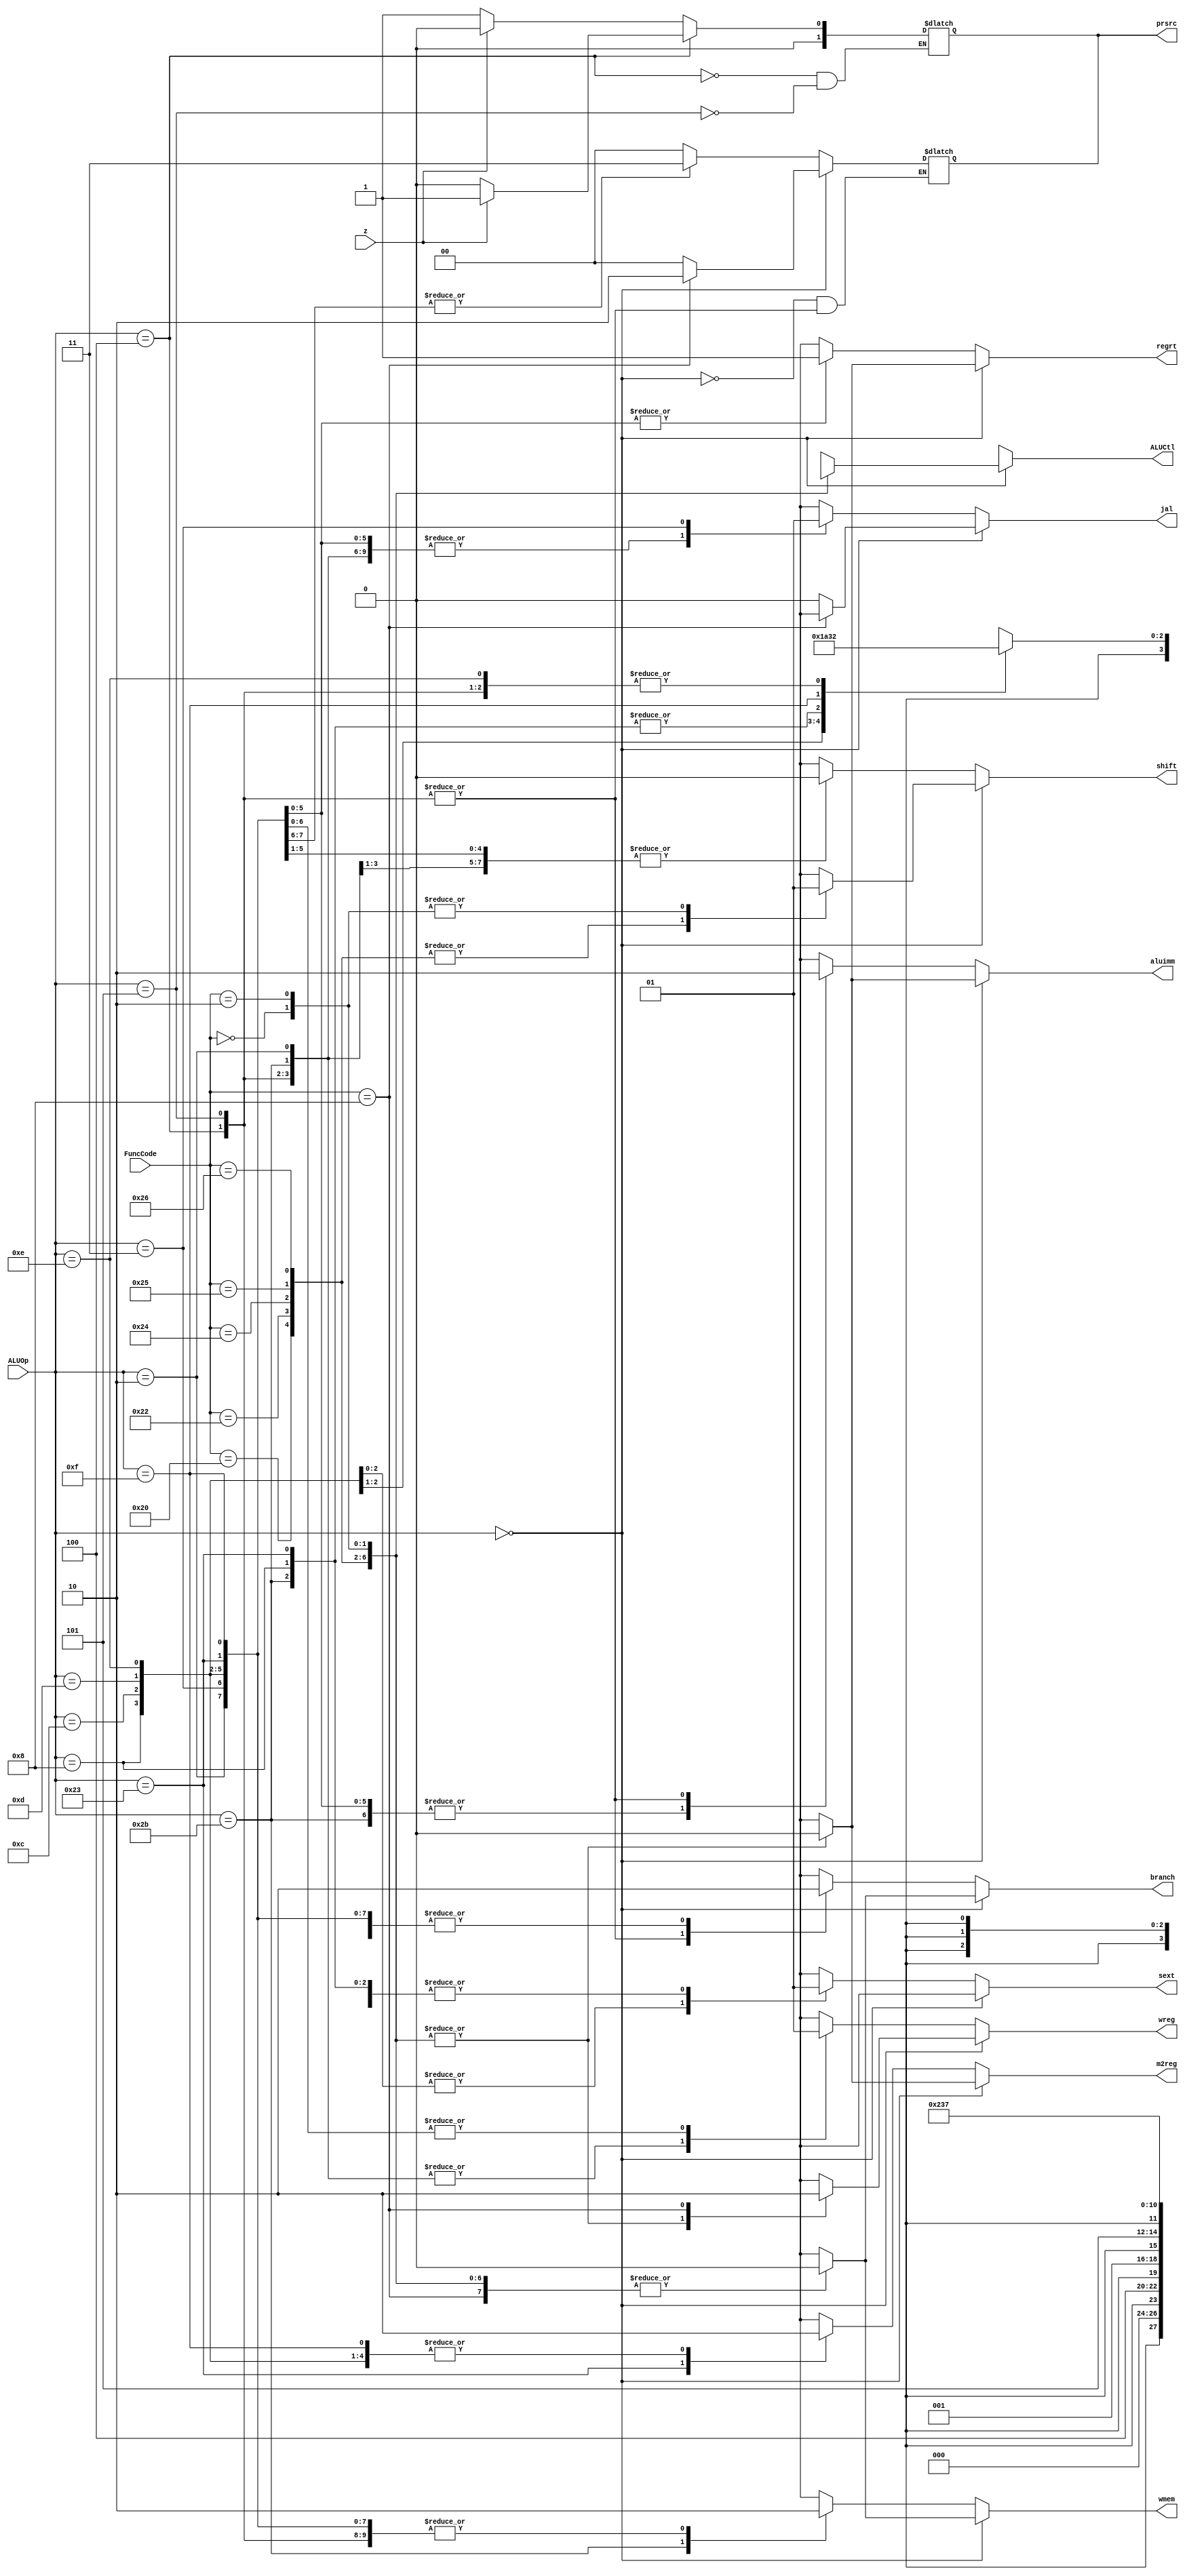
`timescale 1ns / 1ps
//////////////////////////////////////////////////////////////////////////////////
// Company: Penn State Univeristy 
// 
// Design Name: 
// Module Name: ALUControl
// 
//////////////////////////////////////////////////////////////////////////////////


  module ALUControl (
    input      [5:0] ALUOp,
    input      [5:0] FuncCode, 
    input            z,
    output reg [3:0] ALUCtl,
    output reg [1:0] prsrc,
    output reg       shift,
    output reg       wreg,
    output reg       sext,
    output reg       wmem,
    output reg       m2reg,
    output reg       aluimm,
    output reg       regrt,
    output reg       branch,
    output reg       jal
    );
    
    always @(*) begin
        if(ALUOp == 6'b000000) begin
            case (FuncCode)
                32: begin 
                    ALUCtl <= 4'bx000; // add
                    prsrc <= 2'b00;
                    shift <= 1'b0; 
                    wreg <= 1'b1;
                    sext <= 1'bx;
                    wmem <= 1'b0;
                    m2reg <= 1'b0;
                    aluimm <= 1'b0;
                    regrt <= 1'b0;
                    branch <= 1'b0;
                    jal <= 1'b0;
                    end
                34: begin 
                    ALUCtl <= 4'bx100;; // sub
                    prsrc <= 2'b00;
                    shift <= 1'b0;
                    wreg <= 1'b1;
                    sext <= 1'bx;
                    wmem <= 1'b0;
                    m2reg <= 1'b0;
                    aluimm <= 1'b0;
                    regrt <= 1'b0;
                    branch <= 1'b0;
                    jal <= 1'b0;
                    end
                36: begin       // and
                    ALUCtl <= 4'bx001; 
                    prsrc <= 2'b00;
                    shift <= 1'b0;
                    wreg <= 1'b1;
                    sext <= 1'bx;
                    wmem <= 1'b0; 
                    m2reg <= 1'b0;
                    aluimm <= 1'b0;
                    regrt <= 1'b0;
                    branch <= 1'b0;
                    jal <= 1'b0;
                    end
                37: begin       // or
                    ALUCtl <= 4'bx101; 
                    prsrc <= 2'b00;
                    shift <= 1'b0;
                    wreg <= 1'b1;
                    sext <= 1'bx;
                    wmem <= 1'b0; 
                    m2reg <= 1'b0;
                    aluimm <= 1'b0;
                    regrt <= 1'b0;
                    branch <= 1'b0;
                    jal <= 1'b0;
                    end
                38: begin 
                    ALUCtl <= 4'bx010; // xor
                    prsrc <= 2'b00;
                    shift <= 1'b0;
                    wreg <= 1'b1;
                    sext <= 1'bx;
                    wmem <= 1'b0; 
                    m2reg <= 1'b0;
                    aluimm <= 1'b0;
                    regrt <= 1'b0;
                    branch <= 1'b0;
                    jal <= 1'b0;
                    end 
                0: begin 
                    ALUCtl <= 4'b0011; // sll
                    prsrc <= 2'b00;
                    shift <= 1'b1;
                    wreg <= 1'b1;
                    sext <= 1'bx;
                    wmem <= 1'b0; 
                    m2reg <= 1'b0;
                    aluimm <= 1'b0;
                    regrt <= 1'b0;
                    branch <= 1'b0;
                    jal <= 1'b0;
                    end
                2: begin
                    ALUCtl <= 4'b0111; // srl
                    prsrc <= 2'b00;
                    shift <= 1'b1;
                    wreg <= 1'b1;
                    sext <= 1'bx;
                    wmem <= 1'b0; 
                    m2reg <= 1'b0;
                    aluimm <= 1'b0;
                    regrt <= 1'b0;
                    branch <= 1'b0;
                    jal <= 1'b0;
                    end
                /*3: begin
                    ALUCtl <= 4'b1111; // sra
                    prsrc <= 2'b00;
                    shift <= 1'b1;
                    wreg <= 1'b1;
                    sext <= 1'bx;
                    wmem <= 1'b0; 
                    m2reg <= 1'b0;
                    aluimm <= 1'b0;
                    regrt <= 1'b0;
                    end*/
                8: begin
                    ALUCtl <= 4'bxxxx; // jr
                    prsrc <= 2'b10;
                    shift <= 1'bx;
                    wreg <= 1'b0;
                    sext <= 1'bx;
                    wmem <= 1'b0; 
                    m2reg <= 1'bx;
                    aluimm <= 1'bx;
                    regrt <= 1'bx;
                    branch <= 1'b0;
                    jal <= 1'bx;
                    end
            default: begin
                    ALUCtl <= 4'dx; // should not happen.
                    prsrc <= 2'bxx;
                    shift <= 1'bx;
                    wreg <= 1'bx;
                    sext <= 1'bx;
                    wmem <= 1'bx; 
                    m2reg <= 1'bx;
                    aluimm <= 1'bx;    
                    regrt <= 1'bx; 
                    branch <= 1'bx; 
                    jal <= 1'b0;            
                    end
            endcase
        end
        else begin
            case (ALUOp) 
                8: begin 
                    ALUCtl <= 4'bx000; // addi
                    prsrc <= 2'b00;
                    shift <= 1'b0; 
                    wreg <= 1'b1;
                    sext <= 1'b1;
                    wmem <= 1'b0;
                    m2reg <= 1'b0; 
                    aluimm <= 1'b1;
                    regrt <= 1'b1;
                    branch <= 1'b0;
                    jal <= 1'b0;
                    end
                12: begin 
                    ALUCtl <= 4'bx001;; // andi
                    prsrc <= 2'b00;
                    shift <= 1'b0;
                    wreg <= 1'b1;
                    sext <= 1'b0;
                    wmem <= 1'b0;
                    m2reg <= 1'b0;
                    aluimm <= 1'b1; 
                    regrt <= 1'b1;
                    branch <= 1'b0;               
                    jal <= 1'b0;
                    end
                13: begin       // ori
                    ALUCtl <= 4'bx101; 
                    prsrc <= 2'b00;
                    shift <= 1'b0;
                    wreg <= 1'b1;
                    sext <= 1'b0;
                    wmem <= 1'b0; 
                    m2reg <= 1'b0; 
                    aluimm <= 1'b1;
                    regrt <= 1'b1;
                    branch <= 1'b0;
                    jal <= 1'b0;
                    end
                14: begin       // xori
                    ALUCtl <= 4'bx010; 
                    prsrc <= 2'b00;
                    shift <= 1'b0;
                    wreg <= 1'b1;
                    sext <= 1'b0;
                    wmem <= 1'b0; 
                    m2reg <= 1'b0; 
                    aluimm <= 1'b1;
                    regrt <= 1'b1;
                    branch <= 1'b0;
                    jal <= 1'b0;
                    end
                35: begin 
                    ALUCtl <= 4'bx000; // lw
                    prsrc <= 2'b00;
                    shift <= 1'b0;
                    wreg <= 1'b1;
                    sext <= 1'b1;
                    wmem <= 1'b0; 
                    m2reg <= 1'b1; 
                    aluimm <= 1'b1;
                    regrt <= 1'b1;
                    branch <= 1'b0;
                    jal <= 1'b0;
                    end 
                43: begin 
                    ALUCtl <= 4'bx000; // sw
                    prsrc <= 2'b00;
                    shift <= 1'b0;
                    wreg <= 1'b0;
                    sext <= 1'b1;
                    wmem <= 1'b1; 
                    m2reg <= 1'bx; 
                    aluimm <= 1'b1;
                    regrt <= 1'bx;
                    branch <= 1'b0;
                    jal <= 1'b0;
                    end
                4: begin
                    ALUCtl <= 4'bx010; // beq          
                    shift <= 1'b0;
                    wreg <= 1'b0;
                    sext <= 1'b1;
                    wmem <= 1'b0; 
                    m2reg <= 1'bx; 
                    aluimm <= 1'b0;
                    regrt <= 1'bx;
                    branch <= 1'b1;  
                    jal <= 1'b0;         
                    end
                15: begin
                    ALUCtl <= 4'bx110; // lui
                    prsrc <= 2'b00;
                    shift <= 1'bx;
                    wreg <= 1'b1;
                    sext <= 1'bx;
                    wmem <= 1'b0; 
                    m2reg <= 1'b0; 
                    aluimm <= 1'b1;
                    regrt <= 1'b1;
                    branch <= 1'b0;
                    jal <= 1'b0;
                    end
                2: begin
                    ALUCtl <= 4'bxxxx; // j
                    prsrc <= 2'b11;
                    shift <= 1'bx;
                    wreg <= 1'b0;
                    sext <= 1'bx;
                    wmem <= 1'b0;
                    m2reg <= 1'bx;  
                    aluimm <= 1'bx;
                    regrt <= 1'bx;
                    branch <= 1'b0;
                    jal <= 1'b0;
                    end
                5: begin
                    ALUCtl <= 4'bx010; // bne
                    shift <= 1'b0;
                    wreg <= 1'b0;
                    sext <= 1'b1;
                    wmem <= 1'b0;
                    m2reg <= 1'bx;  
                    aluimm <= 1'b0;
                    regrt <= 1'bx;
                    branch <= 1'b1;
                    jal <= 1'b0;
                    end
                3: begin
                    ALUCtl <= 4'bxxxx; // jal
                    prsrc <= 2'b11;
                    shift <= 1'bx;
                    wreg <= 1'b1;
                    sext <= 1'bx;
                    wmem <= 1'b0;
                    m2reg <= 1'bx;  
                    aluimm <= 1'bx;
                    regrt <= 1'bx;
                    branch <= 1'b0;
                    jal <= 1'b1;
                    end
            default: begin
                    ALUCtl <= 4'bxxxx; // should not happen
                    prsrc <= 2'bxx;
                    shift <= 1'bx;
                    wreg <= 1'bx;
                    sext <= 1'bx;
                    wmem <= 1'bx;
                    m2reg <= 1'bx;  
                    aluimm <= 1'bx;
                    regrt <= 1'bx;
                    branch <= 1'bx;               
                    jal <= 1'bx;
                    end
            endcase
        end 
    end
    
    always @(z) 
        if(ALUOp == 6'd4)
            case (z)
                1'b0: prsrc <= 2'b00;
                1'b1: prsrc <= 2'b01;
            endcase
        else if(ALUOp == 6'd5)
             case (z)
                1'b0: prsrc <= 2'b01;
                1'b1: prsrc <= 2'b00;
            endcase 
endmodule